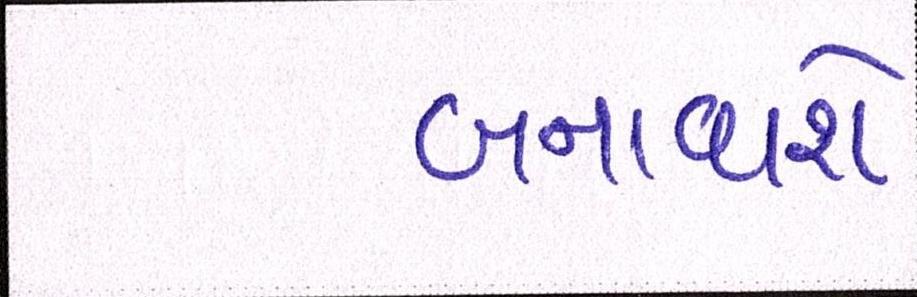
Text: બનાવાશે